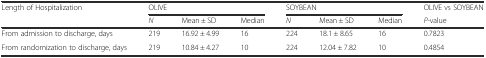
| Length of Hospitalization | <COLSPAN=3> OLIVE | <COLSPAN=3> SOYBEAN | OLIVE vs SOYBEAN |
 |  | N | Mean ± SD | Median | N | Mean ± SD | Median | P-value |
 | --- | --- | --- | --- | --- | --- | --- | --- |
 | From admission to discharge, days | 219 | 16.92 ± 4.99 | 16 | 224 | 18.1 ± 8.65 | 16 | 0.7823 |
 | From randomization to discharge, days | 219 | 10.84 ± 4.27 | 10 | 224 | 12.04 ± 7.82 | 10 | 0.4854 |